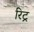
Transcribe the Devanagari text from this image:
रिट्र